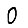
Digit: 0